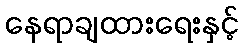
နေရာချထားရေးနှင့်